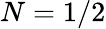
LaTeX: N=1/2